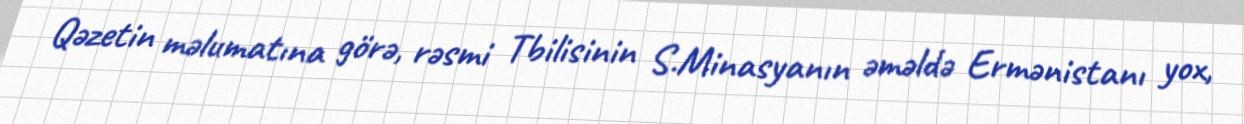
Qəzetin məlumatına görə, rəsmi Tbilisinin S.Minasyanın əməldə Ermənistanı yox,